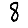
Digit: 8